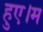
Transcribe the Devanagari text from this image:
हुए।म